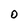
Character: O